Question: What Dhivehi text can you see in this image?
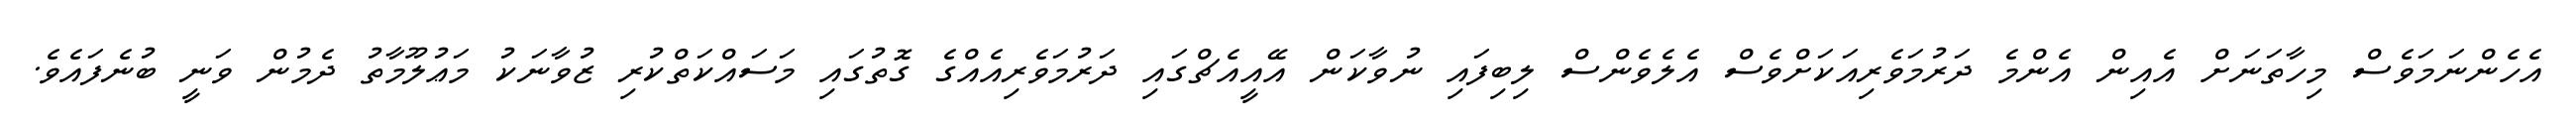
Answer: އެހެންނަމަވެސް މިހާތަނަށް އެއިން އެންމެ ދަރުމަވެރިއަކަށްވެސް އެލެވެންސް ލިބިފައި ނުވާކަން އޭއީއެޗްގައި ދަރުމަވެރިއެއްގެ ގޮތުގައި މަސައްކަތްކުރި ޒުވާނަކު މަޢުލޫމާތު ދެމުން ވަނީ ބުނެފައެވެ.